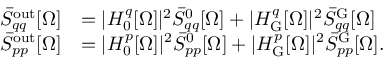
\begin{array} { r l } { \bar { S } _ { q q } ^ { \mathrm { o u t } } [ \Omega ] } & { = | H _ { 0 } ^ { q } [ \Omega ] | ^ { 2 } \bar { S } _ { q q } ^ { 0 } [ \Omega ] + | H _ { \mathrm { G } } ^ { q } [ \Omega ] | ^ { 2 } \bar { S } _ { q q } ^ { \mathrm { G } } [ \Omega ] } \\ { \bar { S } _ { p p } ^ { \mathrm { o u t } } [ \Omega ] } & { = | H _ { 0 } ^ { p } [ \Omega ] | ^ { 2 } \bar { S } _ { p p } ^ { 0 } [ \Omega ] + | H _ { \mathrm { G } } ^ { p } [ \Omega ] | ^ { 2 } \bar { S } _ { p p } ^ { \mathrm { G } } [ \Omega ] . } \end{array}